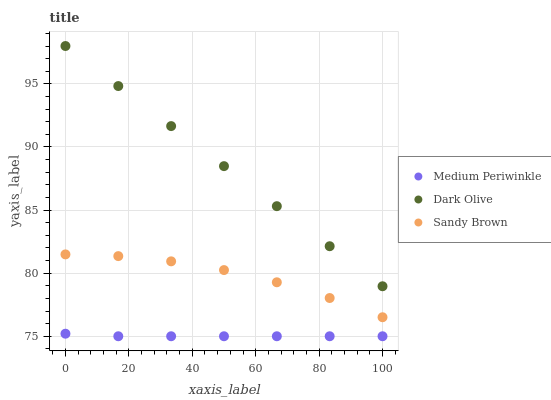
| xaxis_label | Medium Periwinkle | Dark Olive | Sandy Brown |
 | --- | --- | --- | --- |
 | 0 | 75.2 | 98 | 81.5 |
 | 16.7 | 75 | 94.8 | 81.4 |
 | 33.3 | 75 | 91.7 | 80.9 |
 | 50 | 75 | 88.5 | 80.2 |
 | 66.7 | 75 | 85.3 | 79.3 |
 | 83.3 | 75 | 82.1 | 78 |
 | 100 | 75 | 79 | 76.5 |